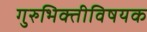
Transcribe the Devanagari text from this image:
गुरुभिक्तीविषयक